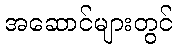
အဆောင်များတွင်